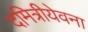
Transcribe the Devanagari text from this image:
दमित्रीयेवना